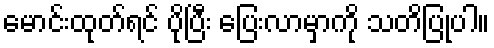
မောင်းထုတ်ရင် ပိုပြီး ပြေးလာမှာကို သတိပြုပါ။